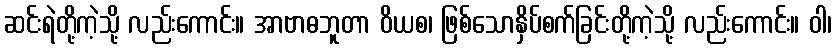
ဆင်းရဲတို့ကဲ့သို့ လည်းကောင်း။ အာဗာဓဘူတာ ဝိယစ၊ ဖြစ်သောနှိပ်စက်ခြင်းတို့ကဲ့သို့ လည်းကောင်း။ ဝါ၊